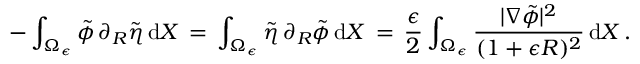
- \int _ { \Omega _ { \epsilon } } \tilde { \phi } \, \partial _ { R } \tilde { \eta } \, \mathrm { d } X \, = \, \int _ { \Omega _ { \epsilon } } \tilde { \eta } \, \partial _ { R } \tilde { \phi } \, \mathrm { d } X \, = \, \frac { \epsilon } { 2 } \int _ { \Omega _ { \epsilon } } \frac { | \nabla \tilde { \phi } | ^ { 2 } } { ( 1 + \epsilon R ) ^ { 2 } } \, \mathrm { d } X \, .